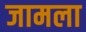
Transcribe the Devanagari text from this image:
जामला